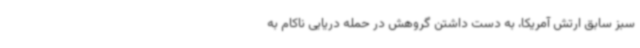
سبز سابق ارتش آمریکا، به دست داشتن گروهش در حمله دریایی ناکام به